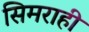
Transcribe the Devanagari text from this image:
सिमराही